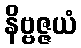
နိဗ္ဗဇ္ဇယံ